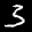
Label: 3